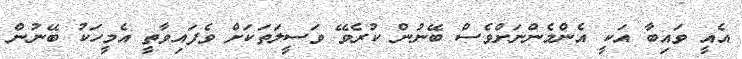
އެއީ ވައިބާ އަކީ އެންމެންނަށްވެސް ބޭނުން ކުރެވޭ ވަސީލަތަކަށް ވެފައިވާތީ އެމީހަކު ބޭނުން